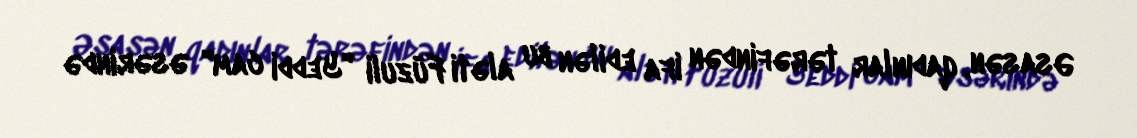
Əsasən, qadınlar tərəfindən ifa edilən bu aləti Füzuli "Yeddi cam" əsərində